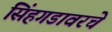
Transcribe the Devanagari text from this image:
सिंहगडावरचे